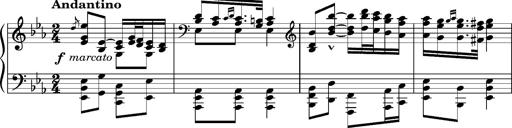
Title: Album-Leaf 'Andantino'
Composer: Franz Liszt
Key: E-flat major